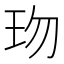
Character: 𤤅